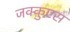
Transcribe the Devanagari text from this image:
जक्क़ुएस